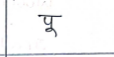
मजकूर: पू